Source: Handwritten
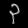
Digit: ၃ (3)